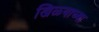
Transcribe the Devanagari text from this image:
खिळ्याच्या